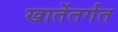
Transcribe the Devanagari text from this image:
खातेंतर्गत